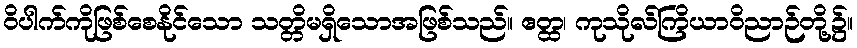
ဝိပါက်ကိုဖြစ်စေနိုင်သော သတ္တိမရှိသောအဖြစ်သည်။ ဧတ္ထ၊ ကုသိုလ်ကြိယာဝိညာဉ်တို့၌။